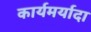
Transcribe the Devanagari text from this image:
कार्यमर्यादा